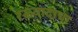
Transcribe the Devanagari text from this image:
रस्त्र्वादाचा